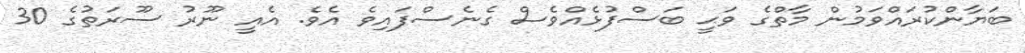
ބަޔާންކުރައްވަމުން މާތްގެ ވަޙީ ބަސްފުޅެއްވެސް ގެނެސްފައިވެ އެވެ. އެއީ ނޫރު ސޫރަތުގެ 30